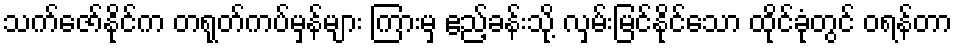
သက်ဇော်နိုင်က တရုတ်ကပ်မှန်များ ကြားမှ ဧည့်ခန်းသို့ လှမ်းမြင်နိုင်သော ထိုင်ခုံတွင် ဝရန်တာ